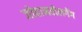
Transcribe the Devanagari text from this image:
जोहानवोलगेंग